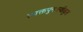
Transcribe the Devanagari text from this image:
त्यक्तपुनःस्वीकृत